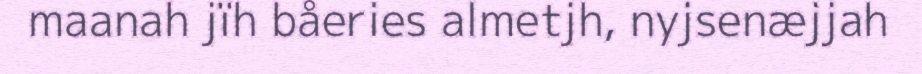
maanah jïh båeries almetjh, nyjsenæjjah